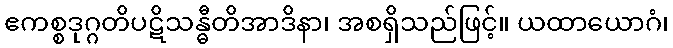
ဧကစ္စဒုဂ္ဂတိပဋိသန္ဓီတိအာဒိနာ၊ အစရှိသည်ဖြင့်။ ယထာယောဂံ၊